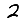
Digit: 2